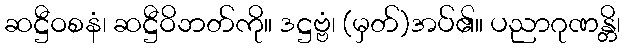
ဆဋ္ဌီဝစနံ၊ ဆဋ္ဌီဝိဘတ်ကို။ ဒဋ္ဌဗ္ဗံ၊ (မှတ်)အပ်၏။ ပညာဂုဏန္တိ၊